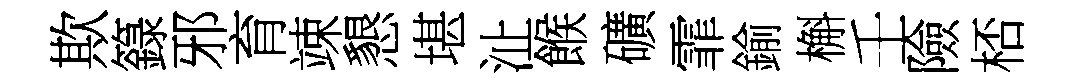
欺籙邪育竦懇堪沚餱礦霏鍮槲壬險桮